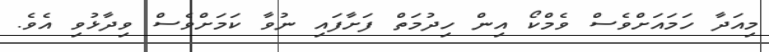
މިއަދާ ހަމައަށްވެސް ވެމްކޯ އިން ހިދުމަތް ފަށާފައި ނުވާ ކަމަށްވެސް ވިދާޅުވި އެވެ.